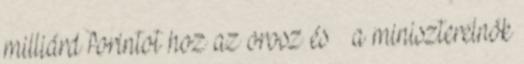
milliárd forintot hoz az orosz és – a miniszterelnök